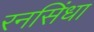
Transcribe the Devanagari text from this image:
रनसिंधा